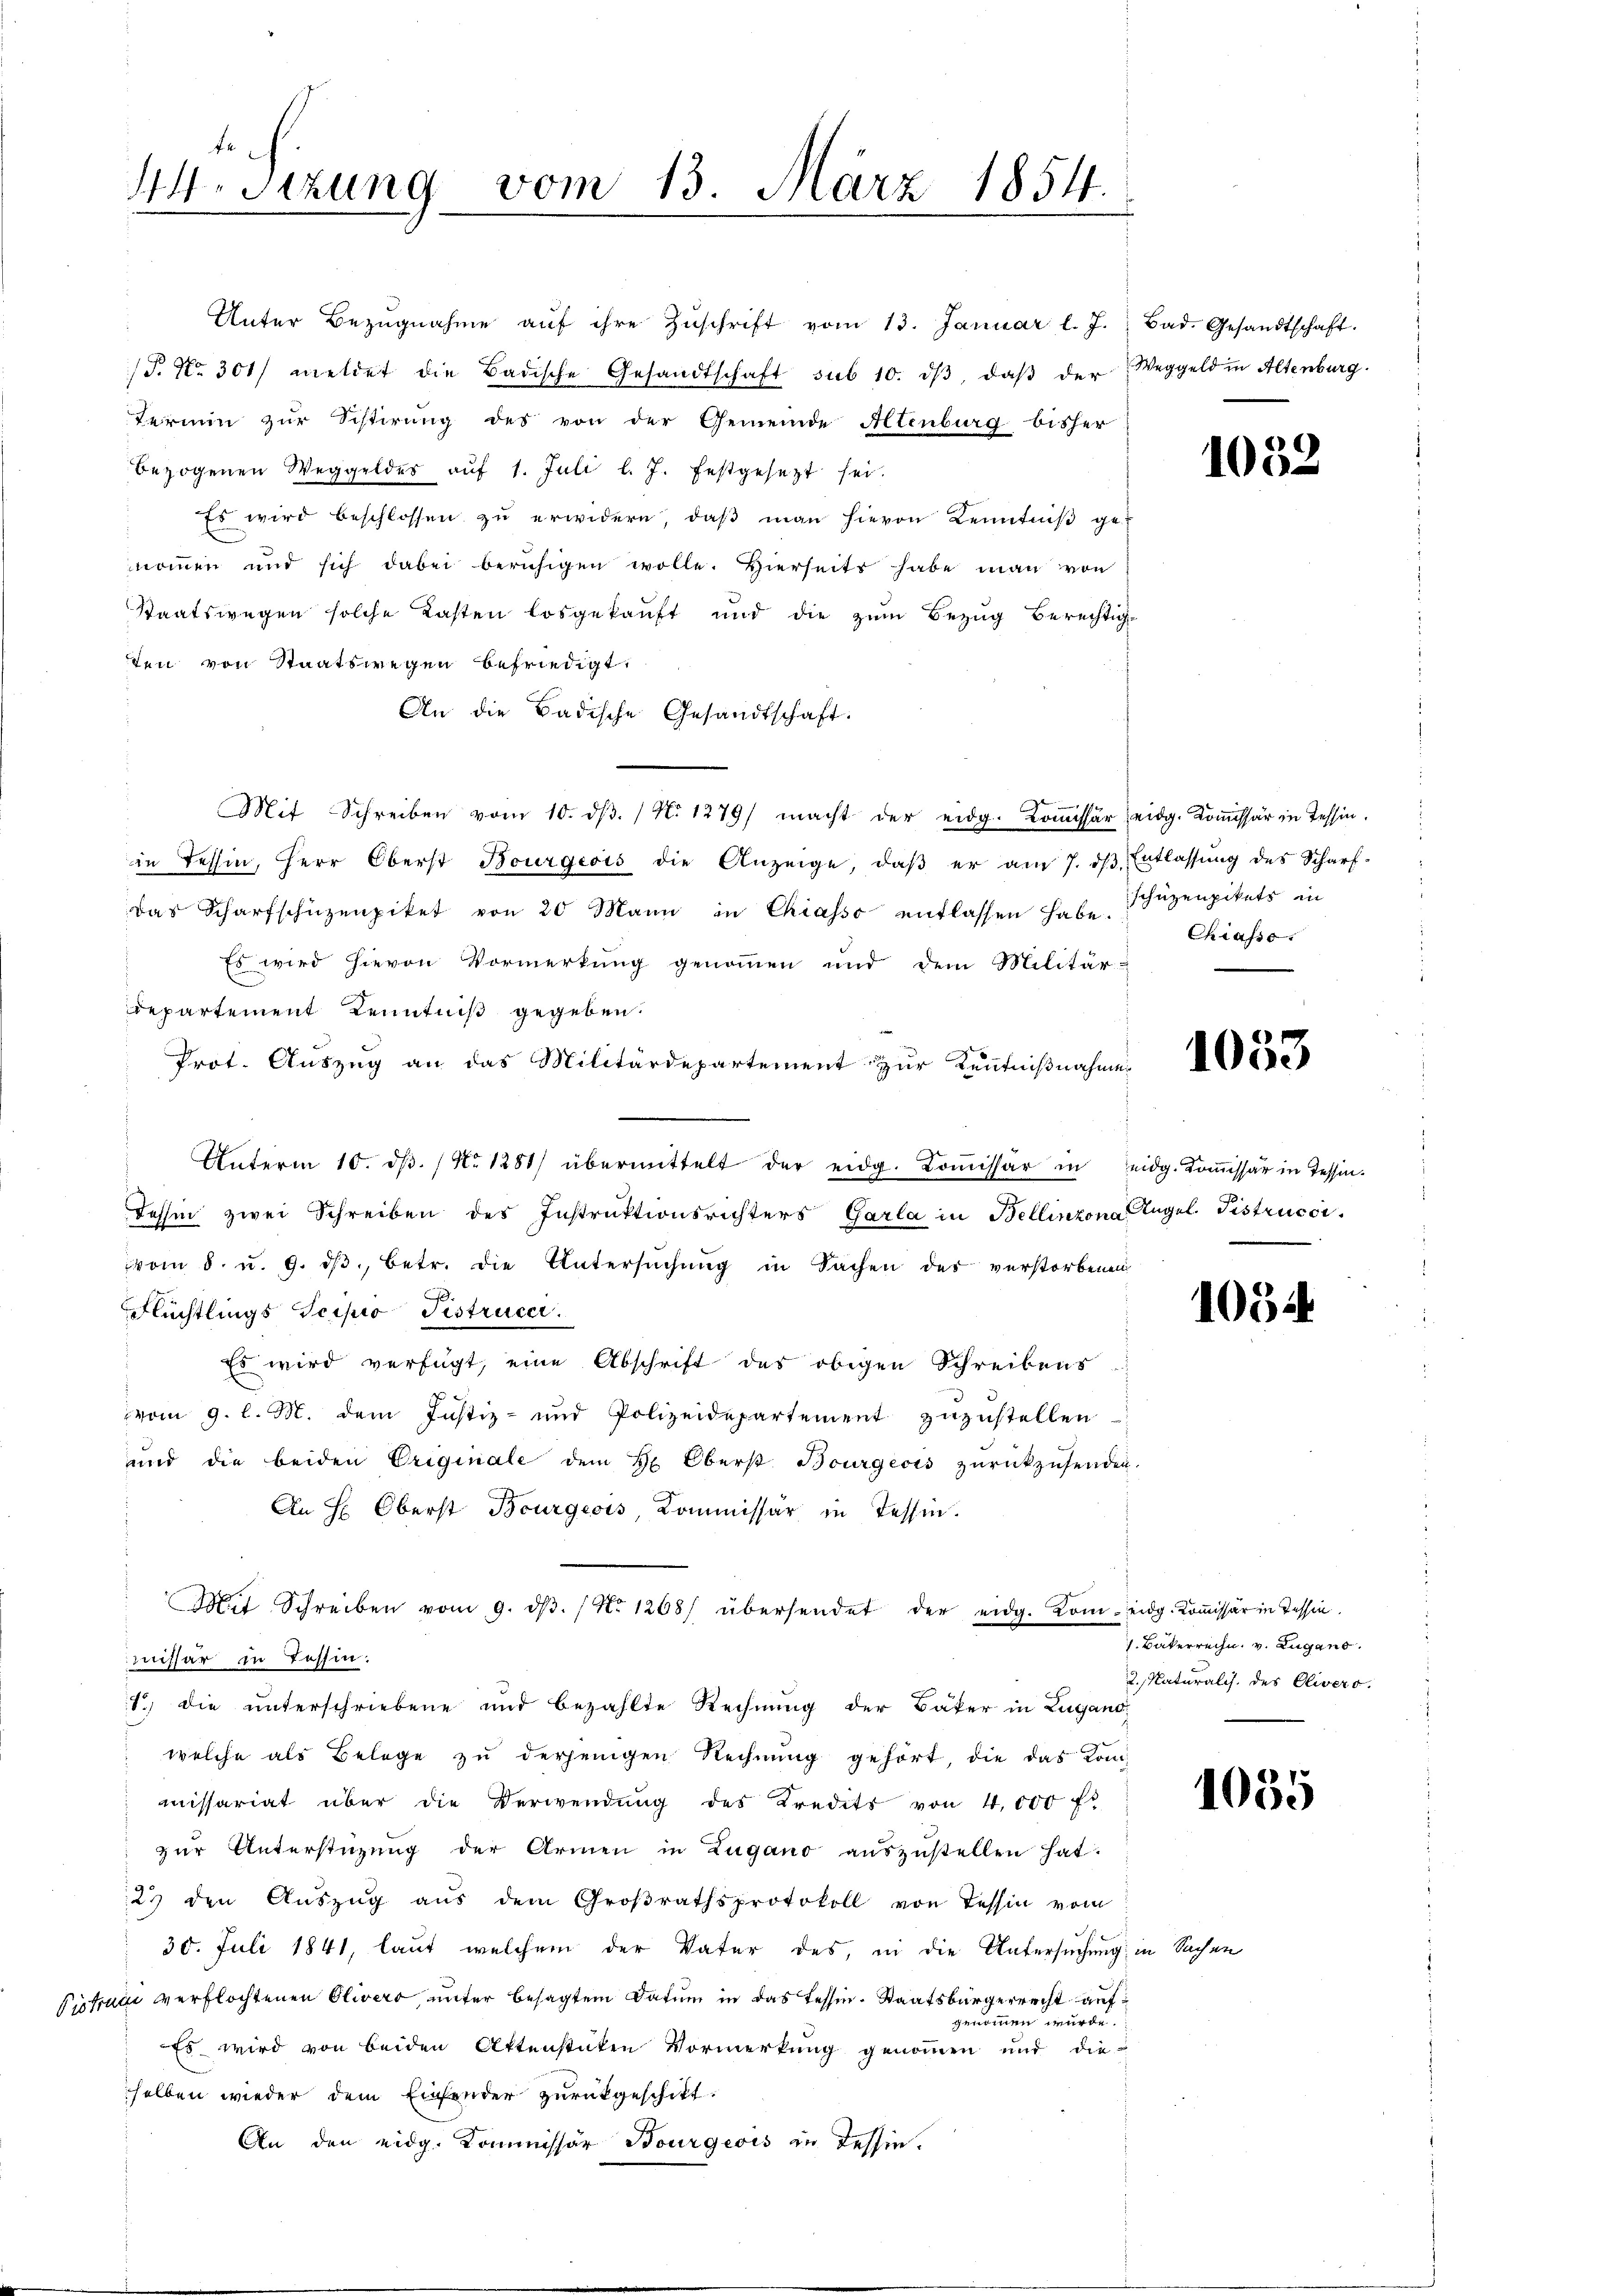
4 Sizung vom 13. März 1854.

Termin zur Sistirung des von der Gemeinde Altenburg bisher
Bezogenen Weggeldes aŭf 1. Juli l. J. festgesezt sei.
Es wird beschlossen zŭ erwidern, daβ man hievon Kenntniβ ge-
nommen und sich dabei beruhigen wolle. Hierseits habe man von
Staatswegen solche Kasten losgekaŭft und die zŭm Bezŭg berechtig-
ten von Staatswegen befriedigt.
An die Badische Gesandtschaft.
Mit Schreiben vom 10. dβ. / No 1279) macht der eidg. Kommissär eidg. Kommissär in Tessin.
in Tessin, Herr Oberst Bourgeois die Anzeige, daβ er am 7. dβ. Entlassŭng des Scharf-
das Scharfschüzenpiket von 20 Mann in Chiasso entlassen habe. Füzenpikets in
Es wird hievon Vormerkung genommen und dem Militär-
departement Kenntniß gegeben.
Prot. Auszug an das Militärdepartement zur Kenntnißnahme
Unterm 10. dβ. / No 1281) übermittelt der eidg. Koṁissär in eidg. Koṁissär in Tessin¬
Tessin zwei Schreiben des Instruktionsrichters Garla in Bellinzona Angel. Fistrucci
vom 8. u. 9. dβ, betr. die Untersuchung in Sachen der verstorbenen
Flüchtlings Scipio Pistrucer.
Es wird verfügt, eine Abschrift des obigen Schreibens
vom 9. l. M. dem Justiz- und Polizeidepartement zŭzŭstellen
und die beiden Originale dem H. Oberst Bourgeois zŭrückzusenden.
An H: Oberst Bourgeois, Kommissär in Tessin.
Mit Schreiben vom 9. dβ. / No 1268) übersendet der eidg. Kom-eidg. Koṁissär in Tessin.
missär zu Tessin.
1) die unterschriebene und bezahlte Rechnung der Bäker in Lugano.
welche als Belege zu derjenigen Rechnung gehört, die das Kommissariat über die Verwendung des Kredits von 4,000 fl
zŭr Unterstüzung der Armen in Zugano aŭszŭstellen hat.
23 den Aŭszŭg aŭs dem Groβrathsprotokoll von Tessin vom
30. Juli 1841, laut welchem der Vater des, in die Untersuchung in Sachen
Pistraui verflochtenen Olivero, unter besagtem Datum in das Tessin. Staatsbürgerrecht aufgenommen wurde.
Es wird von beiden Aktenstücken Vormerkung genommen und die
selben wieder dem Einsender zurückgeschikt.
An den eidg. Kommissar Bourgeois zu Tessin.

Unter Bezŭgnahme aŭf ihre Zŭschrift vom 13. Januar l. J. Bad. Gesandtschaft.
P. Nr. 301 meldet die Badische Gesandtschaft sub 10. dβ, daβ der Weggeld in Altenburg

1052

Chiasso.

1053

1054

1. Baterrechn. v. Lugano
2. Naturalis des Olivers.

1035